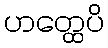
ဟတ္ထေပိ